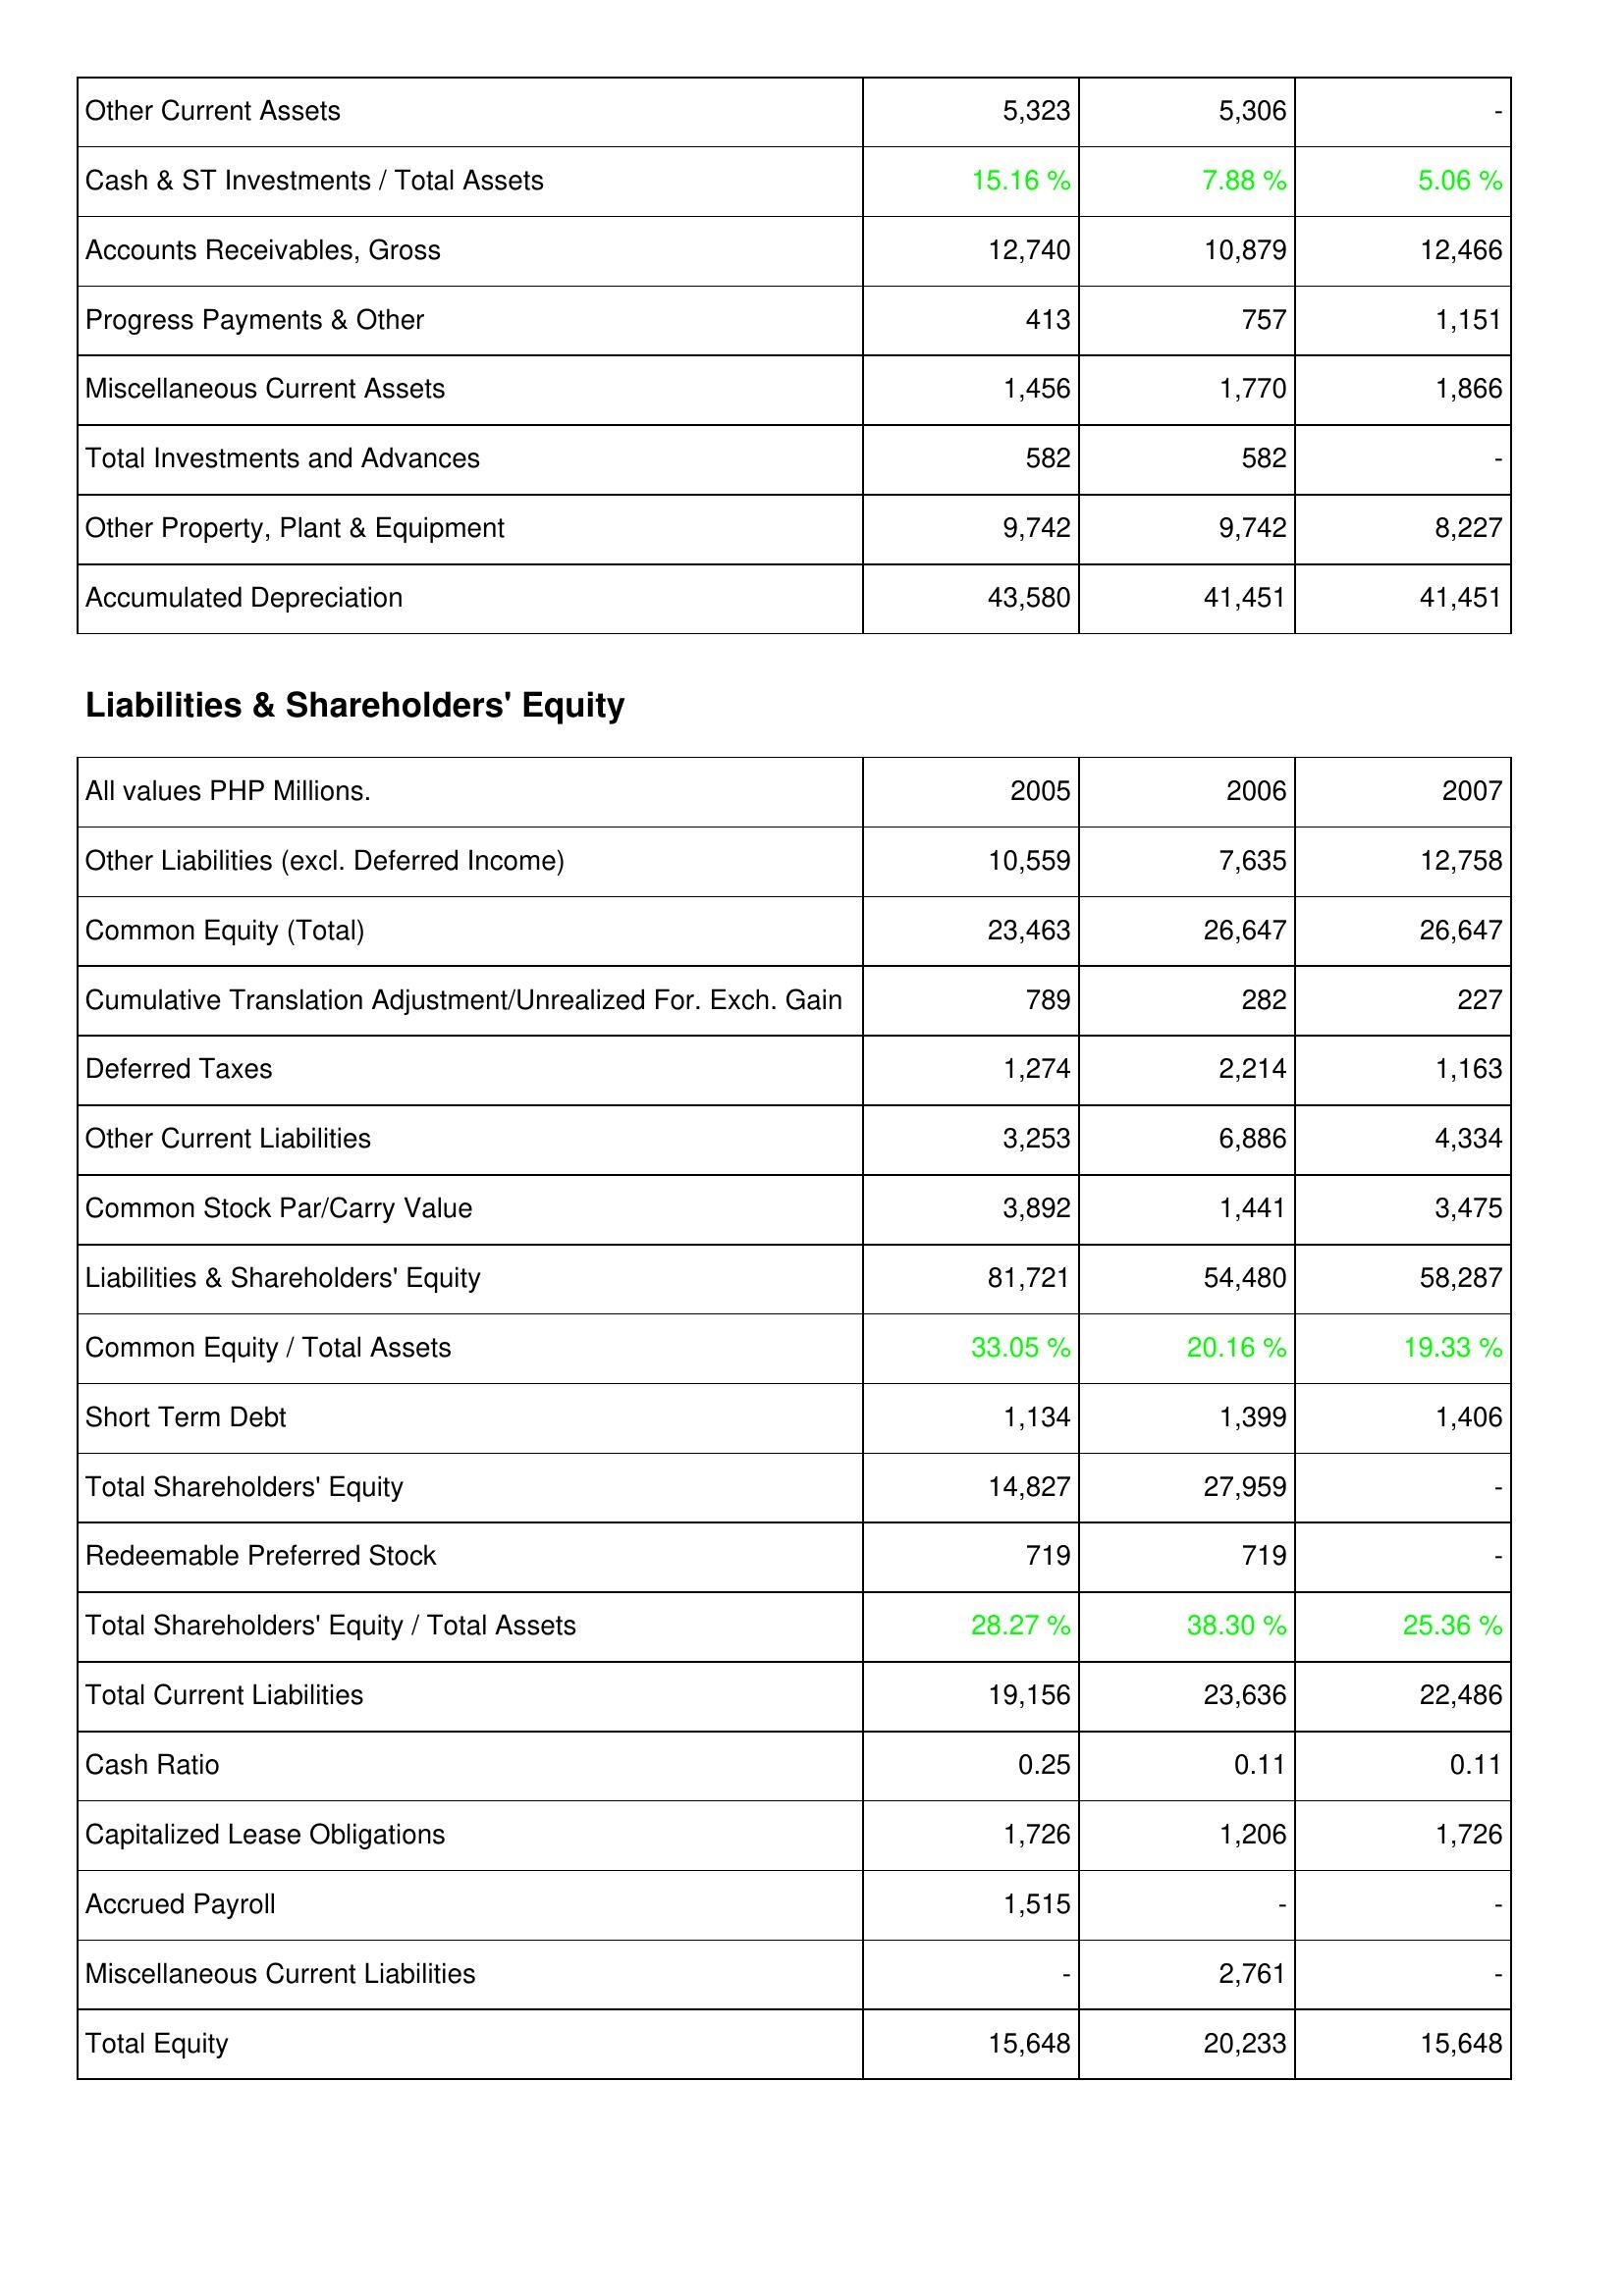
2005: Assets: Other Current Assets: 5,323
Cash & ST Investments / Total Assets: 15.16 %
Accounts Receivables, Gross: 12,740
Progress Payments & Other: 413
Miscellaneous Current Assets: 1,456
Total Investments and Advances: 582
Other Property, Plant & Equipment: 9,742
Accumulated Depreciation: 43,580
Liabilities & Shareholders' Equity: Other Liabilities (excl. Deferred Income): 10,559
Common Equity (Total): 23,463
Cumulative Translation Adjustment/Unrealized For. Exch. Gain: 789
Deferred Taxes: 1,274
Other Current Liabilities: 3,253
Common Stock Par/Carry Value: 3,892
Liabilities & Shareholders' Equity: 81,721
Common Equity / Total Assets: 33.05 %
Short Term Debt: 1,134
Total Shareholders' Equity: 14,827
Redeemable Preferred Stock: 719
Total Shareholders' Equity / Total Assets: 28.27 %
Total Current Liabilities: 19,156
Cash Ratio: 0.25
Capitalized Lease Obligations: 1,726
Accrued Payroll: 1,515
Miscellaneous Current Liabilities: -
Total Equity: 15,648
2006: Assets: Other Current Assets: 5,306
Cash & ST Investments / Total Assets: 7.88 %
Accounts Receivables, Gross: 10,879
Progress Payments & Other: 757
Miscellaneous Current Assets: 1,770
Total Investments and Advances: 582
Other Property, Plant & Equipment: 9,742
Accumulated Depreciation: 41,451
Liabilities & Shareholders' Equity: Other Liabilities (excl. Deferred Income): 7,635
Common Equity (Total): 26,647
Cumulative Translation Adjustment/Unrealized For. Exch. Gain: 282
Deferred Taxes: 2,214
Other Current Liabilities: 6,886
Common Stock Par/Carry Value: 1,441
Liabilities & Shareholders' Equity: 54,480
Common Equity / Total Assets: 20.16 %
Short Term Debt: 1,399
Total Shareholders' Equity: 27,959
Redeemable Preferred Stock: 719
Total Shareholders' Equity / Total Assets: 38.30 %
Total Current Liabilities: 23,636
Cash Ratio: 0.11
Capitalized Lease Obligations: 1,206
Accrued Payroll: -
Miscellaneous Current Liabilities: 2,761
Total Equity: 20,233
2007: Assets: Other Current Assets: -
Cash & ST Investments / Total Assets: 5.06 %
Accounts Receivables, Gross: 12,466
Progress Payments & Other: 1,151
Miscellaneous Current Assets: 1,866
Total Investments and Advances: -
Other Property, Plant & Equipment: 8,227
Accumulated Depreciation: 41,451
Liabilities & Shareholders' Equity: Other Liabilities (excl. Deferred Income): 12,758
Common Equity (Total): 26,647
Cumulative Translation Adjustment/Unrealized For. Exch. Gain: 227
Deferred Taxes: 1,163
Other Current Liabilities: 4,334
Common Stock Par/Carry Value: 3,475
Liabilities & Shareholders' Equity: 58,287
Common Equity / Total Assets: 19.33 %
Short Term Debt: 1,406
Total Shareholders' Equity: -
Redeemable Preferred Stock: -
Total Shareholders' Equity / Total Assets: 25.36 %
Total Current Liabilities: 22,486
Cash Ratio: 0.11
Capitalized Lease Obligations: 1,726
Accrued Payroll: -
Miscellaneous Current Liabilities: -
Total Equity: 15,648